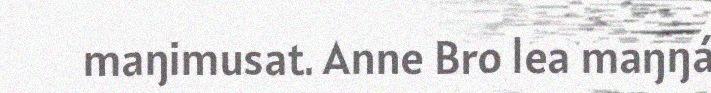
maŋimusat. Anne Bro lea maŋŋá